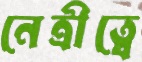
নেত্রীত্বে